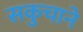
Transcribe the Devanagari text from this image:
सकुचाने